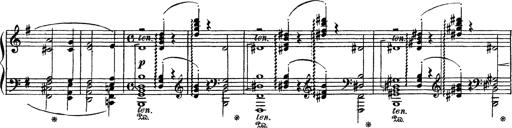
Title: AnnÃ©es de PÃ¨lerinage III
Composer: Franz Liszt